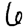
Digit: 6